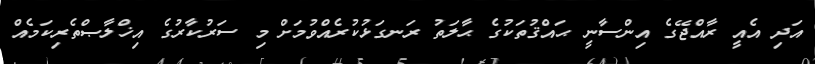
އަދި އެއީ ރާއްޖޭގެ އިންސާނީ ޙައްޤުތަކުގެ ޙާލަތު ރަނގަޅުކުރެއްވުމަށް މި ސަރުކާރުގެ އިޚްލާޞްތެރިކަމެއް